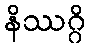
နိဿဂ္ဂိ